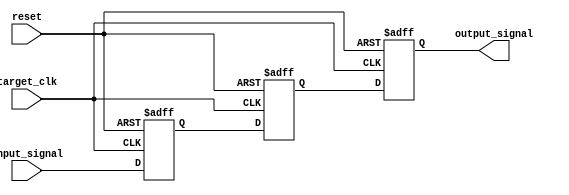
module cdc_3ff #(
  parameter DATA_WIDTH = 1,
  parameter INIT_VALUE = 0
) (
  input      target_clk,
  input      reset,

  input      [DATA_WIDTH-1:0] input_signal,
  output reg [DATA_WIDTH-1:0] output_signal
);

(* KEEP="TRUE" *) reg [DATA_WIDTH-1:0] signal_meta /* synthesis syn_preserve=true */ /* synthesis syn_keep=1 */;
(* KEEP="TRUE" *) reg [DATA_WIDTH-1:0] signal_d /* synthesis syn_preserve=true */ /* synthesis syn_keep=1 */;

always @ (posedge target_clk or posedge reset) begin
  if (reset) begin
    signal_meta   <= INIT_VALUE;
    signal_d      <= INIT_VALUE;
    output_signal <= INIT_VALUE;
  end else begin
    signal_meta   <= input_signal;
    signal_d      <= signal_meta;
    output_signal <= signal_d;
  end
end

endmodule